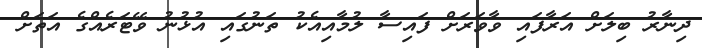
ދިނާރު ބިލަށް އަރާފައި ވާވަރަށް ފައިސާ ލުމާއިއެކު ތަނުގައި އުޅުނު ވޭޓަރެއްގެ އަތަށް